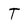
Character: t